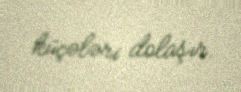
küçələri dolaşır.